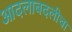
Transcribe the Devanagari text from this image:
आदलाबदलीचा